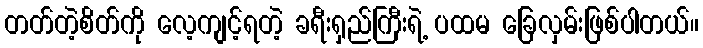
တတ်တဲ့စိတ်ကို လေ့ကျင့်ရတဲ့ ခရီးရှည်ကြီးရဲ့ ပထမ ခြေလှမ်းဖြစ်ပါတယ်။